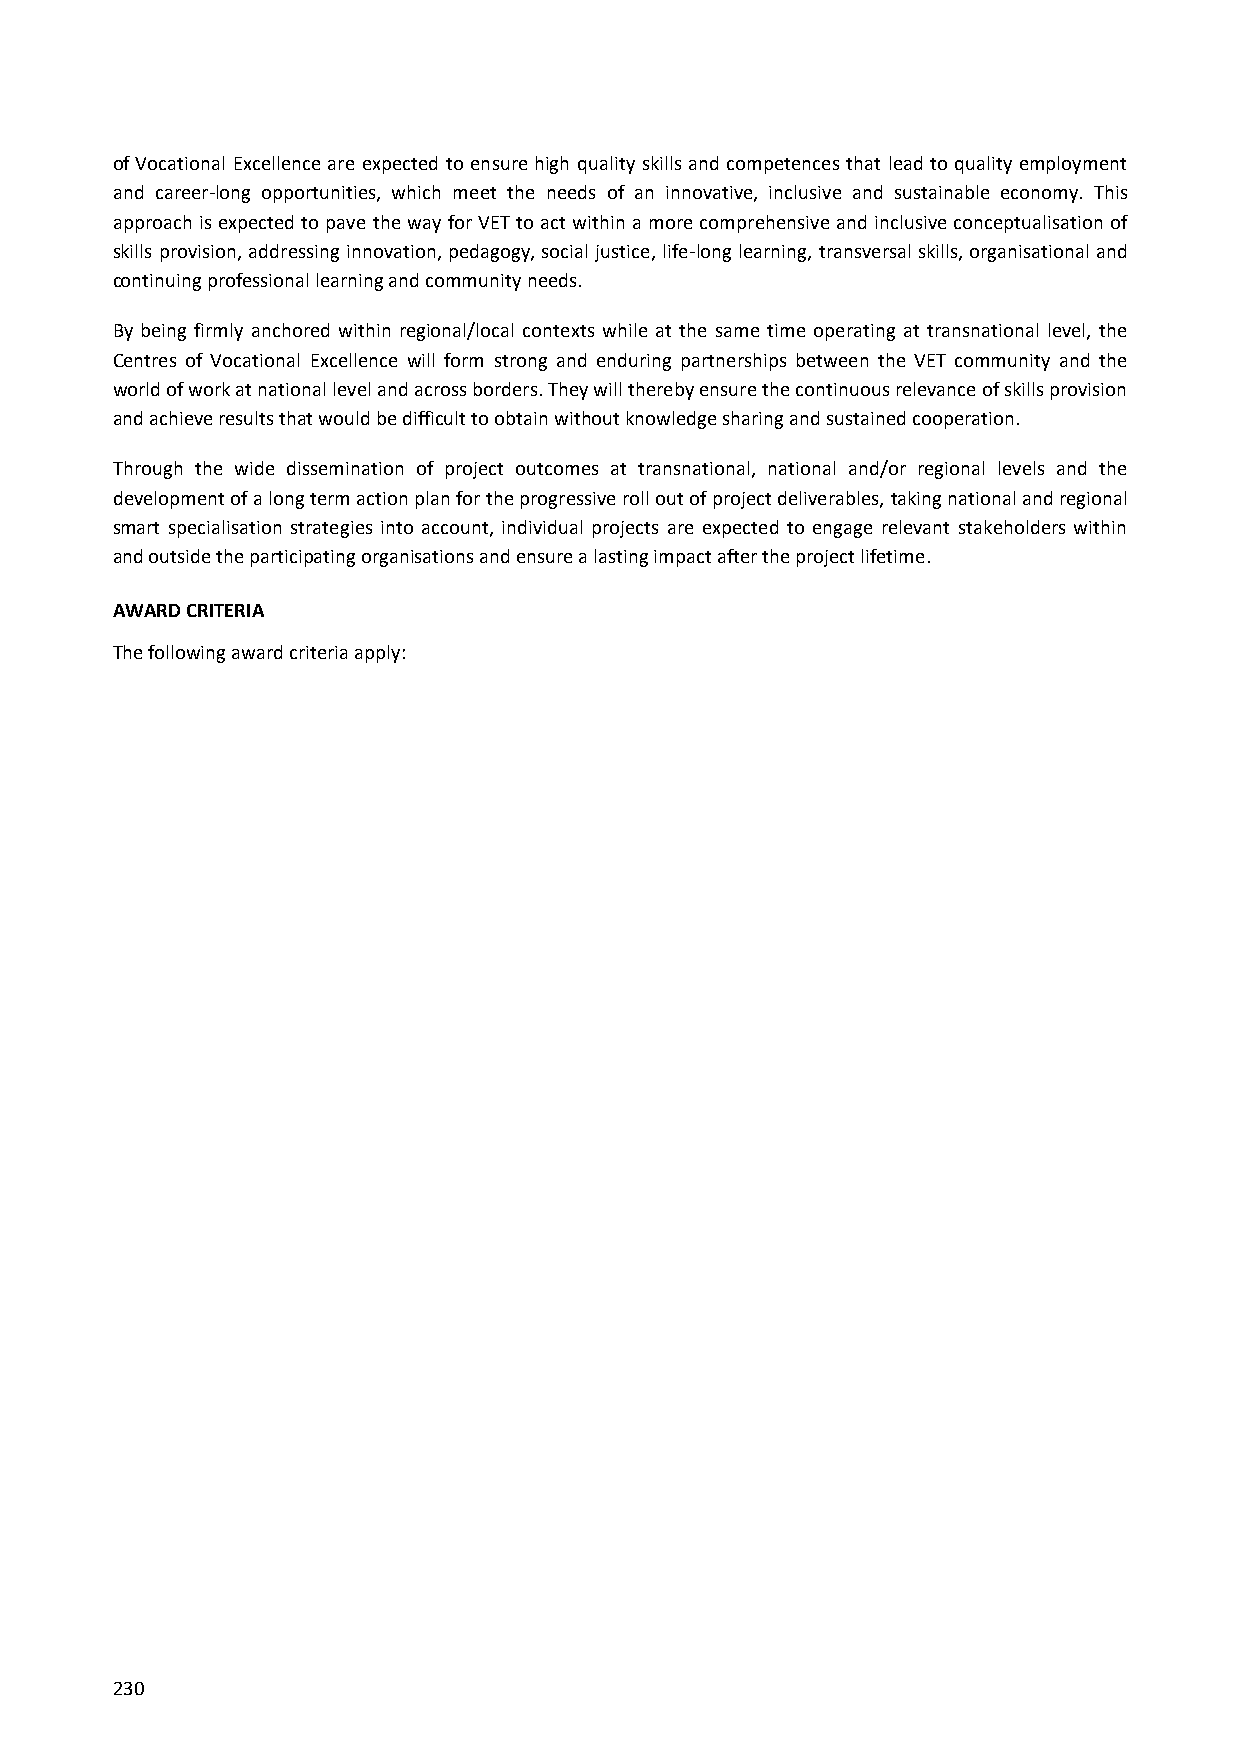
of Vocational Excellence are expected to ensure high quality skills and competences that lead to quality employment
 and career-long opportunities, which meet the needs of an innovative, inclusive and sustainable economy. This
 approach is expected to pave the way for VET to act within a more comprehensive and inclusive conceptualisation of
 skills provision, addressing innovation, pedagogy, social justice, life-long learning, transversal skills, organisational and
 continuing professional learning and community needs.
 By being firmly anchored within regional/local contexts while at the same time operating at transnational level, the
 Centres of Vocational Excellence will form strong and enduring partnerships between the VET community and the
 world of work at national level and across borders. They will thereby ensure the continuous relevance of skills provision
 and achieve results that would be difficult to obtain without knowledge sharing and sustained cooperation.
 Through the wide dissemination of project outcomes at transnational, national and/or regional levels and the
 development of a long term action plan for the progressive roll out of project deliverables, taking national and regional
 smart specialisation strategies into account, individual projects are expected to engage relevant stakeholders within
 and outside the participating organisations and ensure a lasting impact after the project lifetime.
 AWARD CRITERIA
 The following award criteria apply:
 230